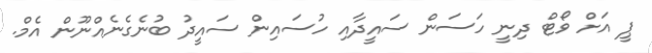
ޕީ އަށް ވޯޓް ދިނީ ހަސަން ސައީދާއި ހުސައިން ސައީދު ބުނެގެނެއްނޫން އެމް.